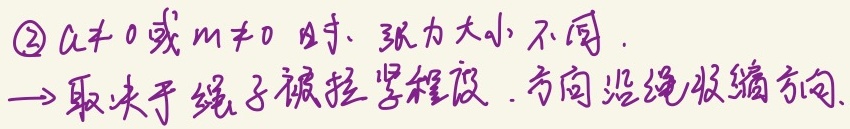
\textcircled{2}当\(a\neq0\)或\(m\neq0\)时，张力大小不同。\(\to\) 张力大小取决于绳子被拉紧程度，方向沿绳收缩方向。